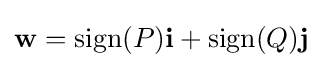
\mathbf {w} =\mathrm {sign} (P)\mathbf {i} +\mathrm {sign} (Q)\mathbf {j}